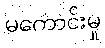
မကောင်းမှု